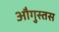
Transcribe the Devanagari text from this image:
औगुस्तस